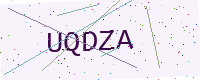
Text: UQDZA